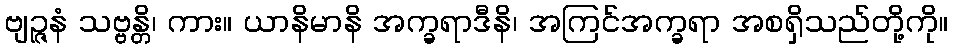
ဗျဉ္ဇနံ သဗ္ဗန္တိ၊ ကား။ ယာနိမာနိ အက္ခရာဒီနိ၊ အကြင်အက္ခရာ အစရှိသည်တို့ကို။